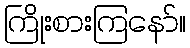
ကြိုးစားကြနော်။